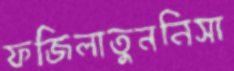
ফজিলাতুননিসা